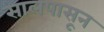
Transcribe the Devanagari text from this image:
सालपासून